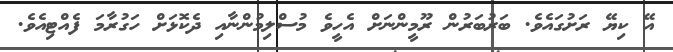
އޭ ކިޔޭ ރަށުގައެވެ. ބަރުބަރުން ރޫމީންނަށް އެހީވެ މުސްލިމުންނާއި ދެކޮޅަށް ހަގުރާމަ ފެއްޓިއެވެ.